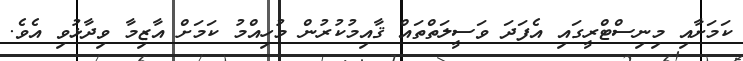
ކަމަށާއި މިނިސްޓްރީގައި އެފަދަ ވަސީލަތްތައް ޤާއިމުކުރުން މުހިއްމު ކަމަށް އާޒިމާ ވިދާޅުވި އެވެ.